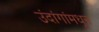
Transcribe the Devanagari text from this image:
उंदांगांमधून